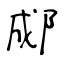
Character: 郕